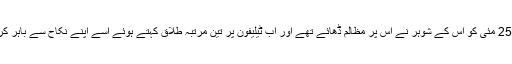
چنانچہ 25 مئی کو اس کے شوہر نے اس پر مظالم ڈھائے تھے اور اب ٹیلیفون پر تین مرتبہ طلاق کہتے ہوئے اسے اپنے نکاح سے باہر کردیا ہے۔